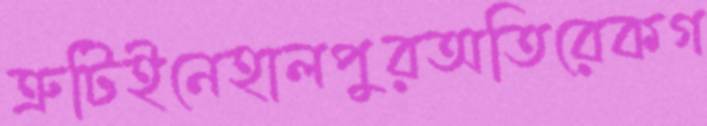
ত্রুটিইনেহালপুরঅতিরেকগ